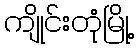
ကျိုင်းတုံမြို့